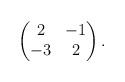
LaTeX: \begin{align*}\begin{pmatrix}2 & -1 \\-3 & 2\end{pmatrix}.\end{align*}